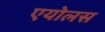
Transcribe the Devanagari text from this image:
एयोलस